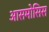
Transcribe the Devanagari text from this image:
आसमोसिस